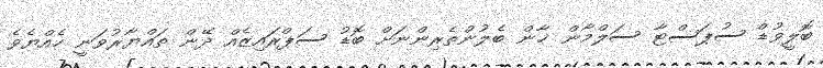
ބޮލީވުޑް ސުޕަސްޓާ ސަލްމާން ޚާން ބެލުންތެރިންނަށް ބޮޑު ސަޕްރައިޒެއް ދޭން ތައްޔާރުވަނީ ހެއްޔެވެ